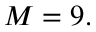
M = 9 .